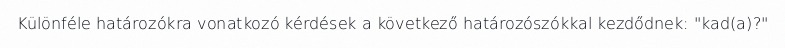
Különféle határozókra vonatkozó kérdések a következő határozószókkal kezdődnek: "kad(a)?"